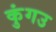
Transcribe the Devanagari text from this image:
कुंगउ